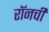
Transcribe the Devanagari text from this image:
रॉनची